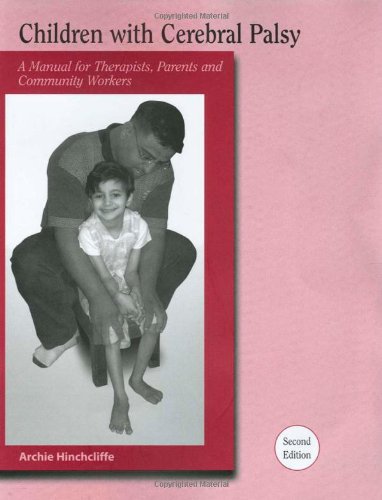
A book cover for Children With Cerebral Palsy: A Manual for Therapists, Parents and Community Workers (Children with Cerebral Palsy: A Manual for Therapists, Parents,) ... Palsy: A Manual for Therapists, Parents,); Archie Hinchcliffe; Medical Books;